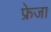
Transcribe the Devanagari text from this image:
फ्रेजा